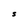
Character: S